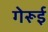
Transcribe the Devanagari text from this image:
गेरूई